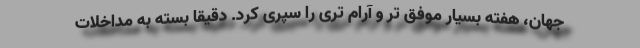
جهان، هفته بسیار موفق تر و آرام تری را سپری کرد. دقیقا بسته به مداخلات